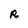
Character: R